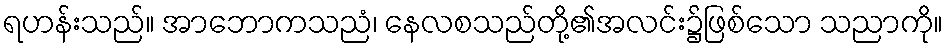
ရဟန်းသည်။ အာဘောကသညံ၊ နေလစသည်တို့၏အလင်း၌ဖြစ်သော သညာကို။